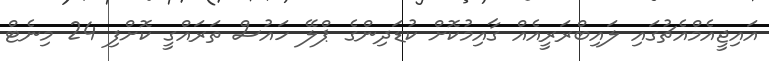
އައިޖީއެމްއެޗުގައި ލައިބްރަރީއެއް ގާއިމުކޮށް ކުޑަދިންގެ ޕްލޭ ހައުސް ތަރައްގީ ކޮށްފި 24 މިނެޓް